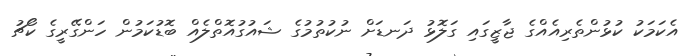
އެކަމަކު ކުޅުންތެރިއެއްގެ ޖާޒީގައި ގަލޮޅު ދަނޑަށް ނުކުތުމުގެ ޝައުގުއޮތްލެއް ބޮޑުކަމުން ހަންގޭރީގެ ކޯޗު